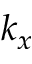
k _ { x }